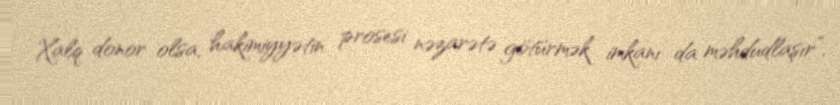
Xalq donor olsa, hakimiyyətin prosesi nəzarətə götürmək imkanı da məhdudlaşır”.